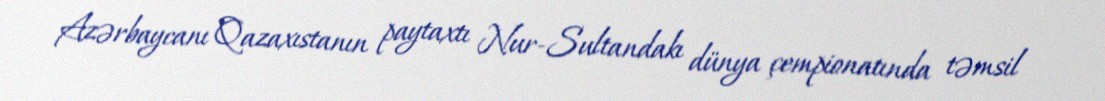
Azərbaycanı Qazaxıstanın paytaxtı Nur-Sultandakı dünya çempionatında təmsil